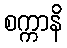
စက္ကာနိ